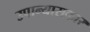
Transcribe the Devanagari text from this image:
उपान्यासकार